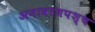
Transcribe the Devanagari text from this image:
अनावरणपश्च